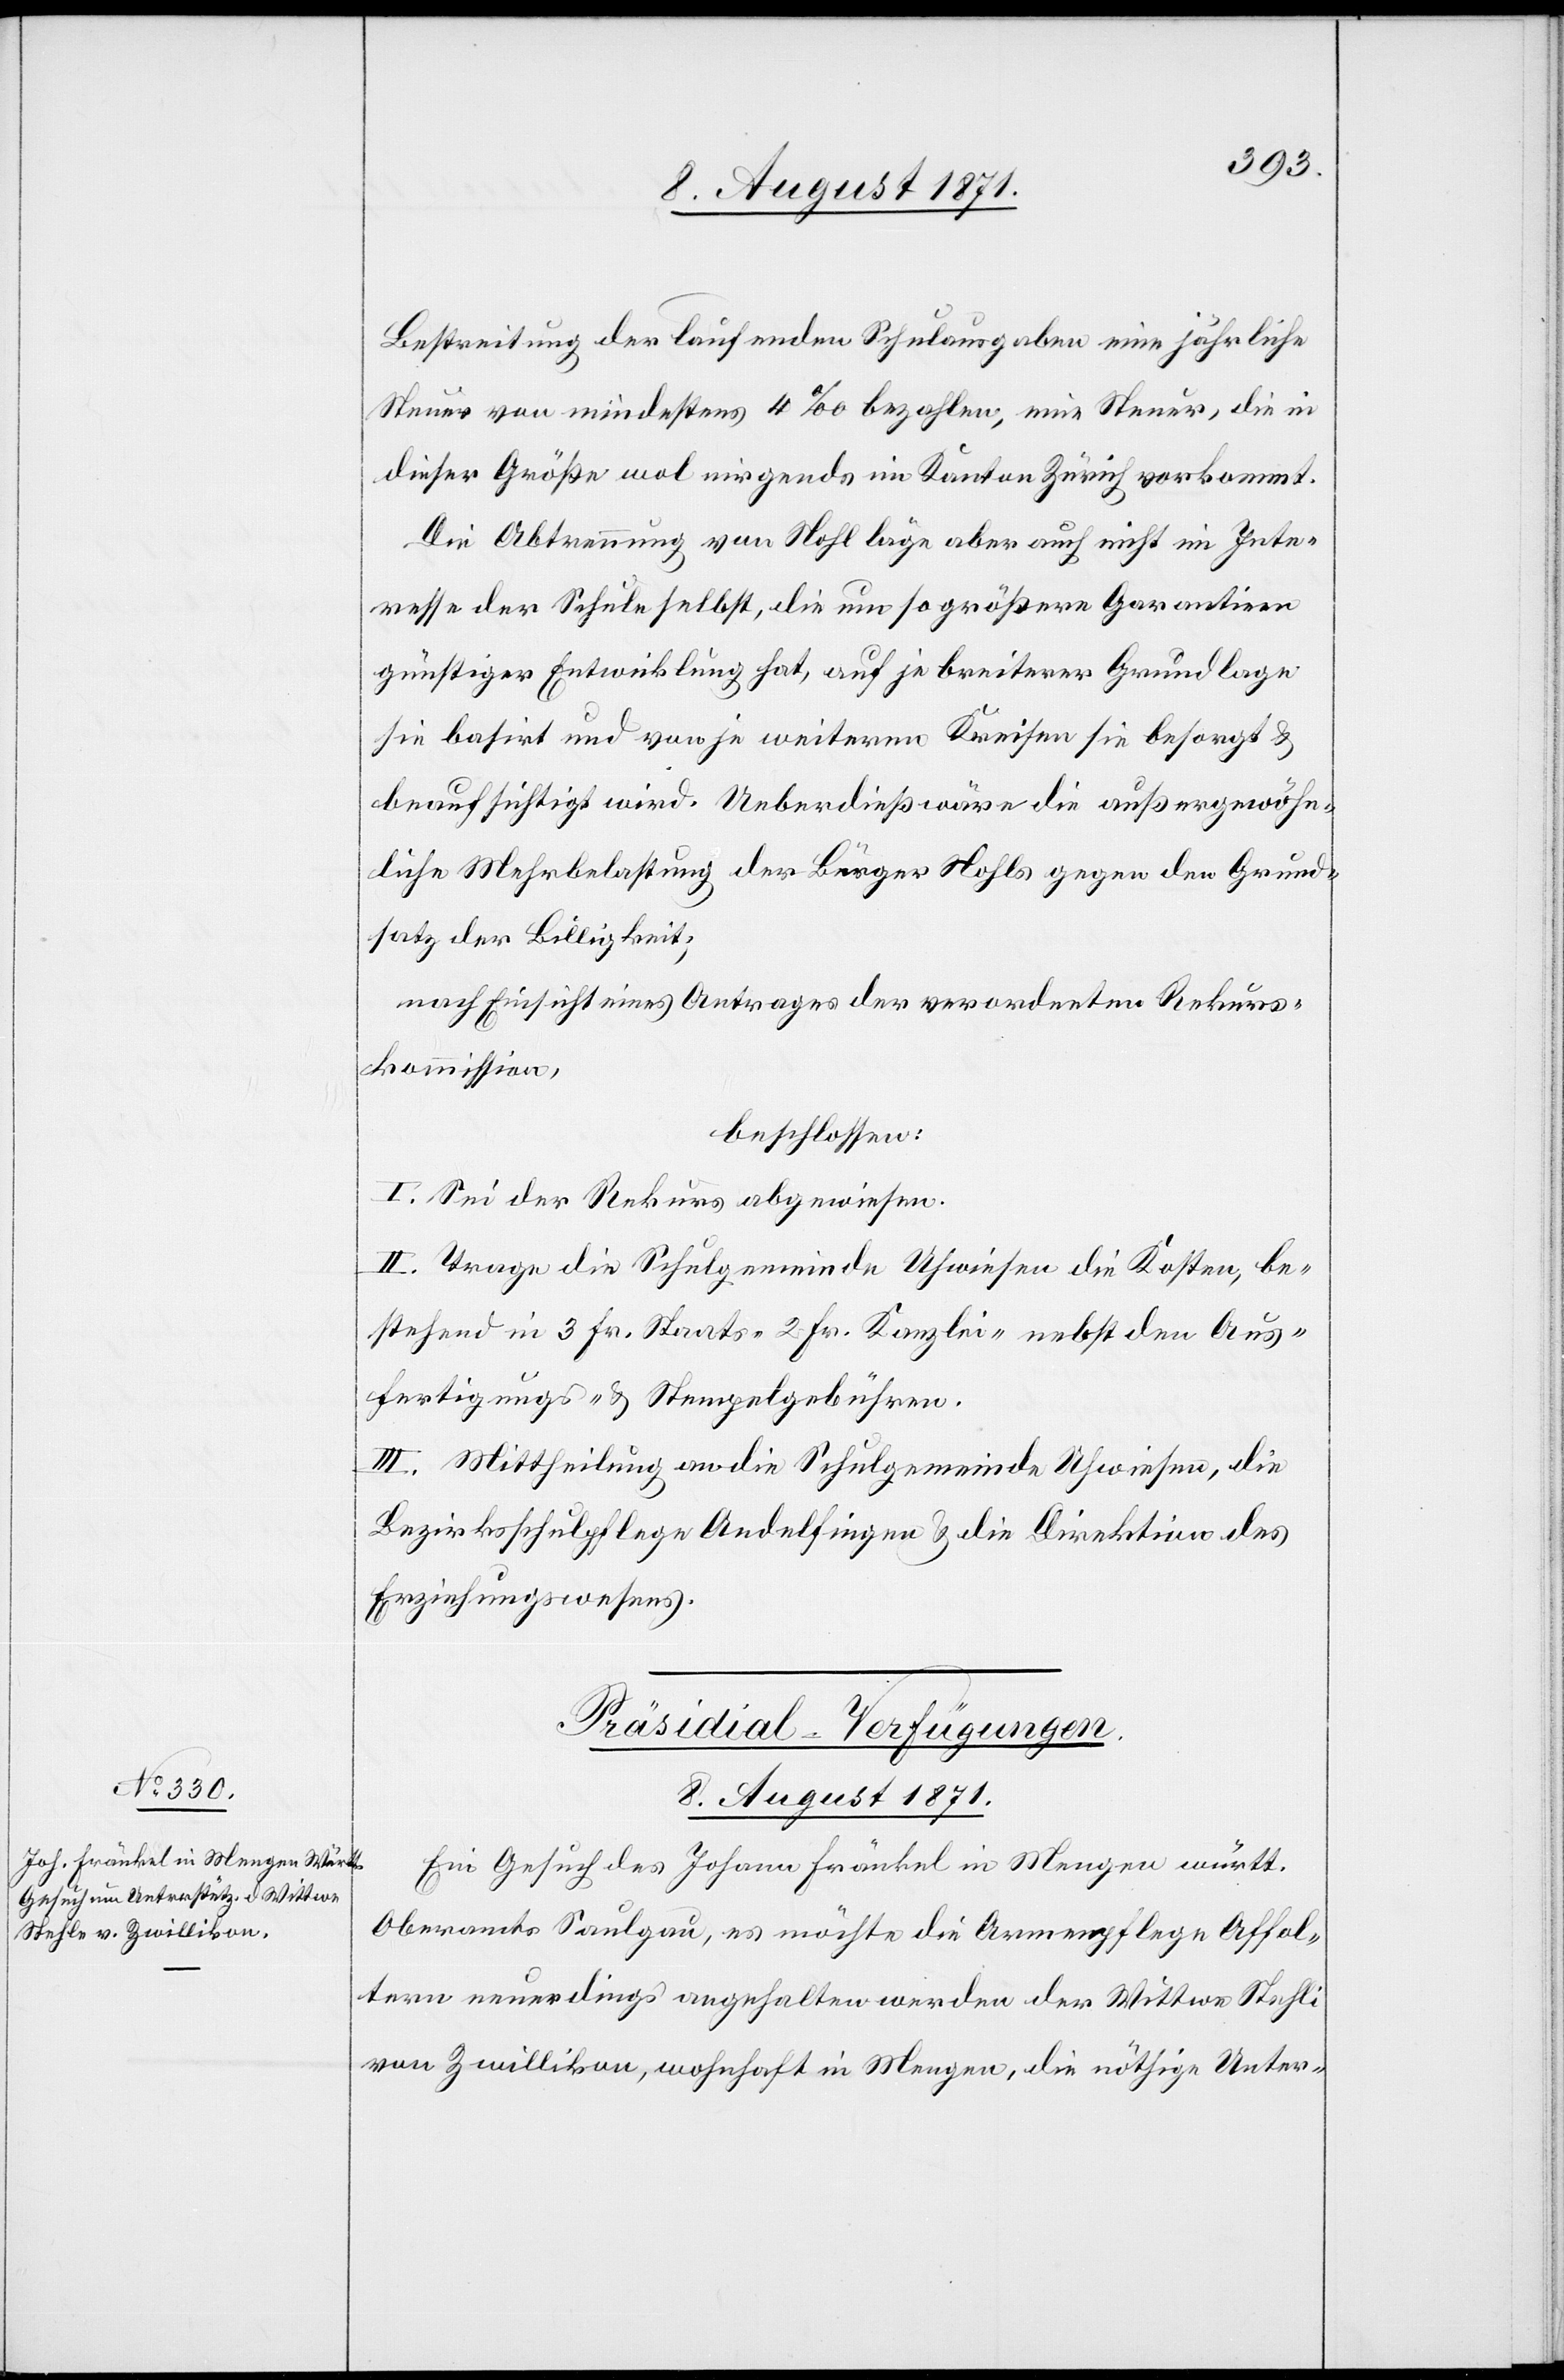
Grund¬
Bestreitung der laufenden Schulausgaben eine jährliche
Steuer von mindestens 4‰ bezahlen, eine Steuer, die in
dieser Größe wol nirgends im Kanton Zürich vorkommt.
Die Abtrennung von Nohl läge aber auch nicht im Inte¬
resse der Schule selbst, die um so größere Garantien
günstiger Entwicklung hat, auf je breiterer Grundlage
sie basirt und von je weiteren Kreisen sie besorgt &
beaufsichtigt wird. Ueberdieß wäre die außergewöhn¬
satz der Billigkeit;
nach Einsicht eines Antrages der verordneten Rekurs¬
kommission,
beschlossen:
I. Sei der Rekurs abgewiesen
II. Trage die Schulgemeinde Uhwiesen die Kosten, be¬
treffend in 3. Fr. Staats- 2 Fr. Kanzlei- nebst den Aus¬
fertigungs- & Stempelgebühren.
III. Mittheilung an die Schulgemeinde Uhwiesen, die
Bezirksschulpflege Andelfingen & die Direktion des
Erziehungswesens.
Präsidial-Verfügungen.
8. August 1871.
Ein Gesuch des Johann Fränkel in Mengen württ.
Oberamts Saulgau, es möchte die Armenpflege Affol¬
tern neuerdings angehalten werden der Wittwe Stehli
von Zwillikon, wohnhaft in Mengen, die nöthige Unter-